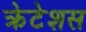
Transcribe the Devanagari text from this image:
क्रेटेशस